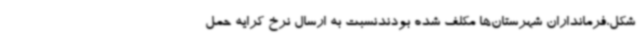
شکل،فرمانداران شهرستان‌ها مکلف شده بودندنسبت به ارسال نرخ کرایه حمل